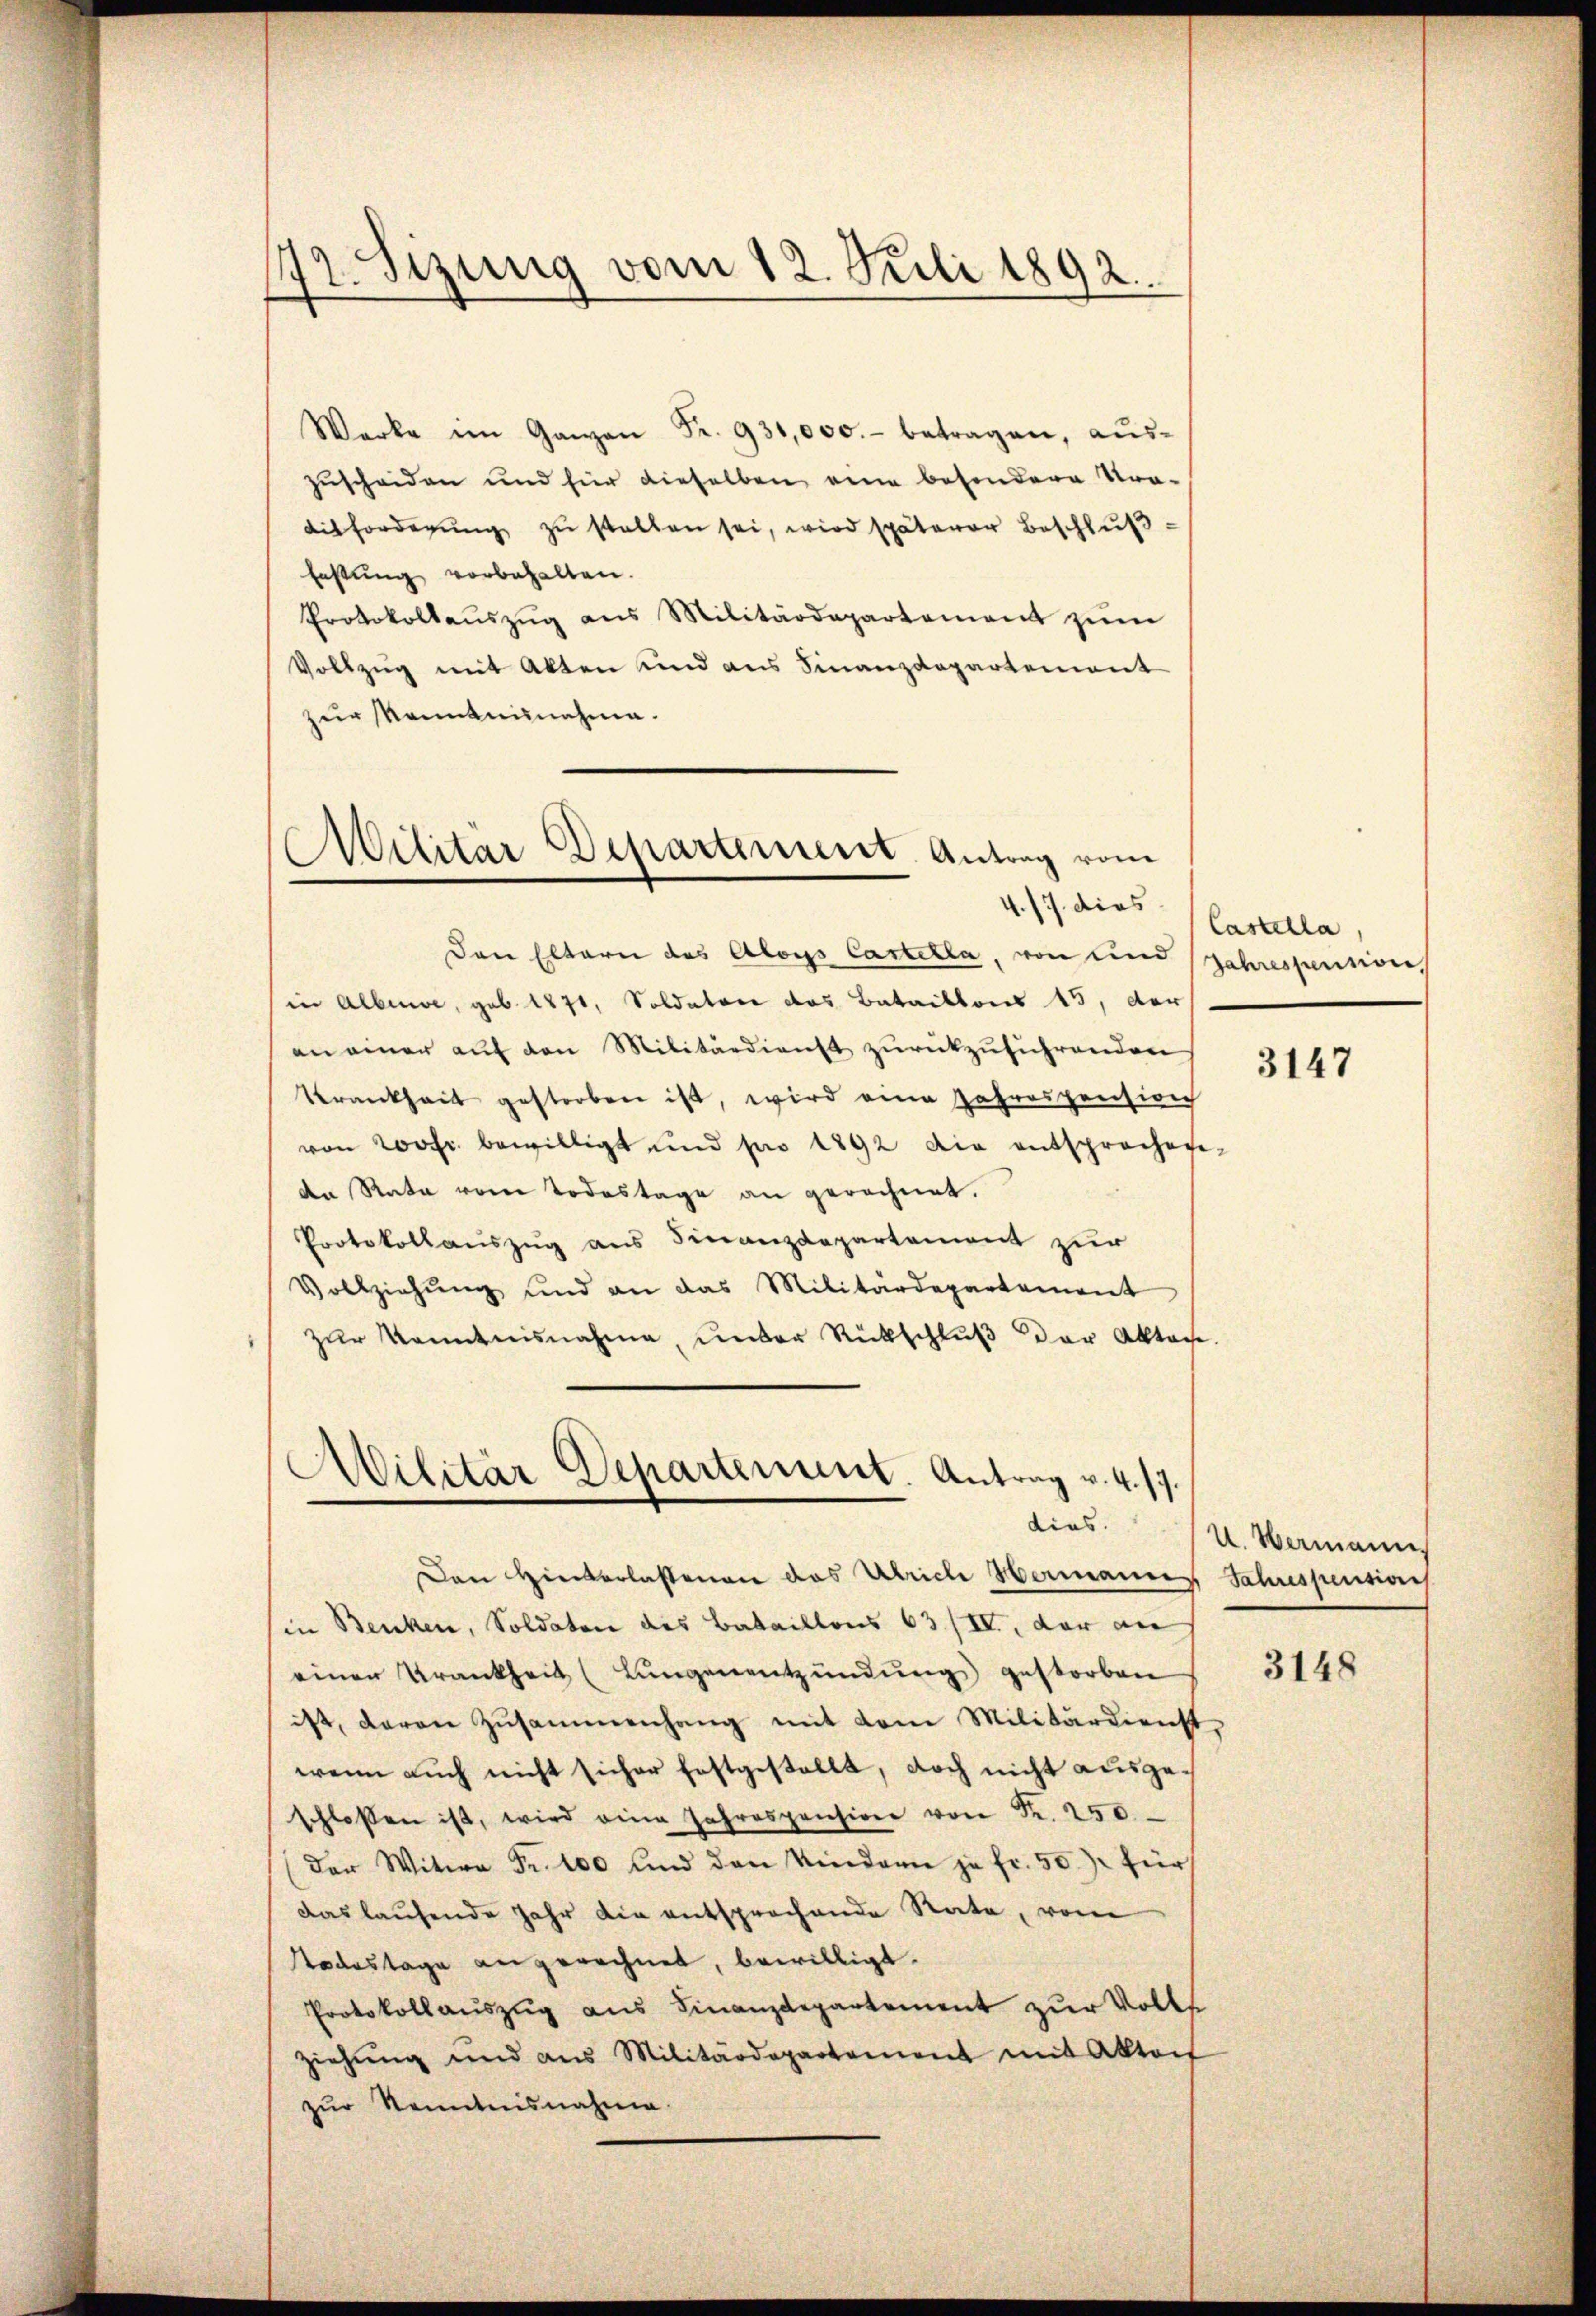
72. Sizung vom 12. Juli 1892.

Werke im Ganzen Fr. 931,000.- betragen, aŭs-
zuscheiden und für dieselben eine besondere Stra-
ditforderŭng zŭ stellen sei, wird späterer Beschlŭβ-
Festung vorbehalten.
Protokollaŭszŭg ans Militärdepartement zŭm
Vollzug mit Akten und aus Finanzdepartement
zur Nantennahme.

Militar Departement. Antrag vom
4./7. dies

Den Eltern des Aloys Castella, von und
in Albere, geb. 1871, Soldaten das Bataillons 15, der
an einer aŭf den Militärdienst zurückzuführenden
Krankheit gestorben ist, wird eine Jahrespension
von 200fr. bewilligt und pro 1892 die entsprochen-
den Rata vom Todestage an gerechnet.
Protokollauszug aus Finanzdepartement zur
Vollziehŭng und an das Militärdepartement
zur Kenntnisnahme, unter Rückschluß der Akten.

Militär Departement. Antrag v. 4. 17.
dias.

Den Hinterlassenen das Ulrich Hermann
in Benken, Soldaten des Bataillons 63/II., der an
einer Krankheit (Lungenentzündung gestorben
ist, daran Zusammenhang mit dem Militärdienst
wenn auch nicht sicher festgestellt, doch nicht ausgeschlossen ist, wird eine Jahrespension von Fr. 250
der Witwe Fr. 100 und den Kindern ja fr. 50. für
das laufende Jahr die entsprochende Rate, vom
Todestage angerechnet, bewilligt.
Protokollaŭszŭg aŭs Finanzdepartement zŭr Volls
ziehung und aus Militärdepartement mit Aktoit
zŭr Kenntnisnahme.

Castella
Jahrespension

3147

U. Hermannes
Jahrespension

3148